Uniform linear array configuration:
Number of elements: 24
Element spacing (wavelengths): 0.75
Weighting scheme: uniform
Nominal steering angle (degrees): -30
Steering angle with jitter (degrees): -30.566
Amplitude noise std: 0.05
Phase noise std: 0.05

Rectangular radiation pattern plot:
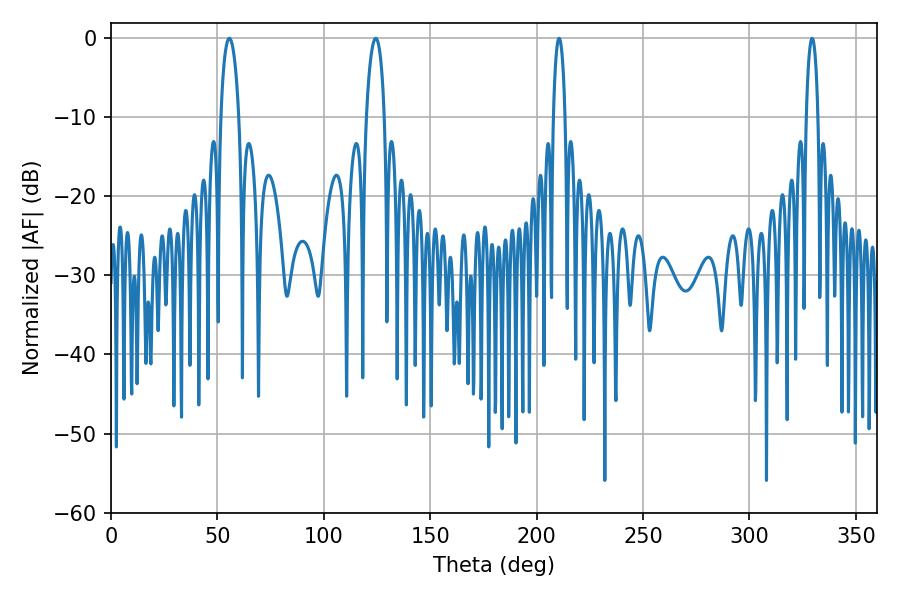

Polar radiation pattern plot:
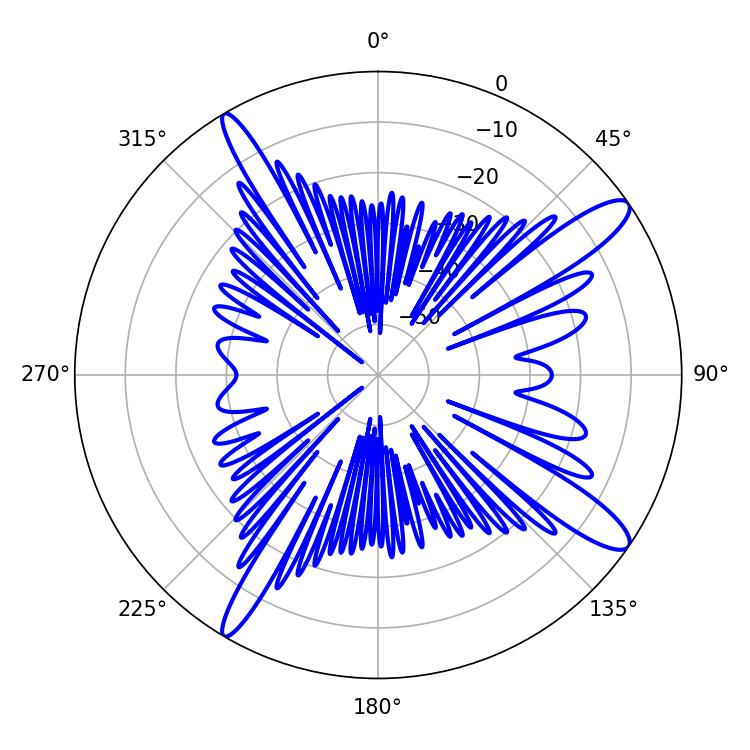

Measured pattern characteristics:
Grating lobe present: TRUE
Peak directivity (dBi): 13.219
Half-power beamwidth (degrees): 4.86
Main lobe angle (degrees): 55.62